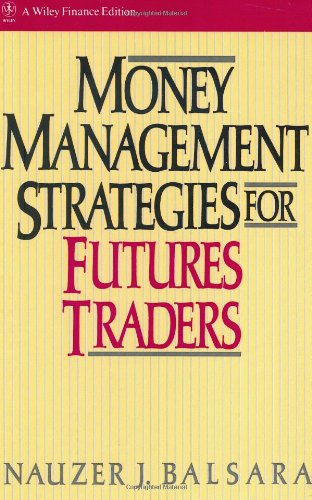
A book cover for Money Management Strategies for Futures Traders; Nauzer J. Balsara; Business & Money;